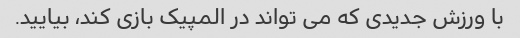
با ورزش جدیدی که می تواند در المپیک بازی کند، بیایید.